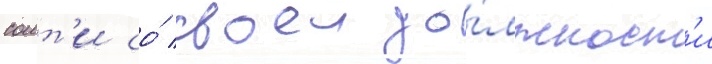
соит'и со́ своеи до́лжност'и